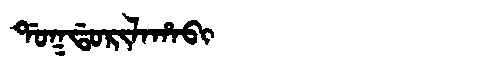
Manchu: ᡩᠣᡴᡩᠣᡵᡳᠯᠠᡥᠠᠪᡳ
Romanization: DOKDORILAHABI